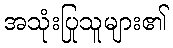
အသုံးပြုသူများ၏